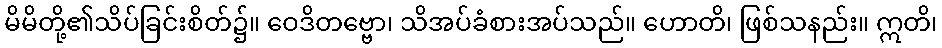
မိမိတို့၏သိပ်ခြင်းစိတ်၌။ ဝေဒိတဗ္ဗော၊ သိအပ်ခံစားအပ်သည်။ ဟောတိ၊ ဖြစ်သနည်း။ ဣတိ၊